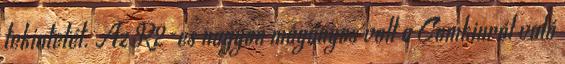
tekintetét. Az R2-es nagyon magányos volt a Comkinról való